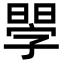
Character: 𣉬